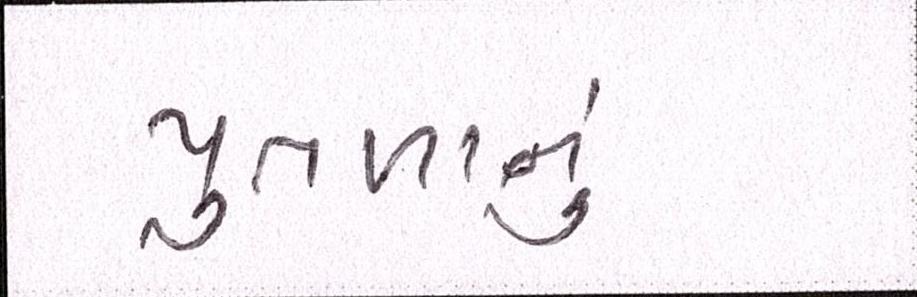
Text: પુતળાનું